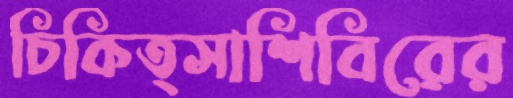
চিকিত্সাশিবিরের